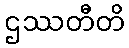
ဌဿတီတိ